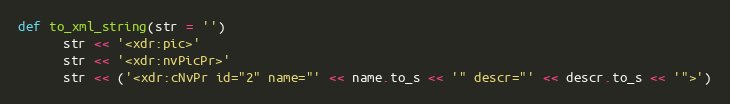
Language: Ruby
def to_xml_string(str = '')
      str << '<xdr:pic>'
      str << '<xdr:nvPicPr>'
      str << ('<xdr:cNvPr id="2" name="' << name.to_s << '" descr="' << descr.to_s << '">')